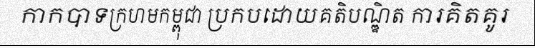
កាកបាទក្រហមកម្ពុជា ប្រកបដោយគតិបណ្ឌិត ការគិតគូរ